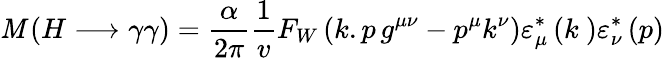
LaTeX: {\cal\mathit{M}}\left(H\longrightarrow\gamma\gamma\right)=\frac{{\alpha}}{{2\pi}}\frac{{1}}{{v}}F_{W}\left(k.p\, g^{\mu\nu}-p^{\mu}k^{\nu}\right)\varepsilon_{\mu}^{\ast}\left(k~\right)\varepsilon_{\nu}^{\ast}\left(p\right)